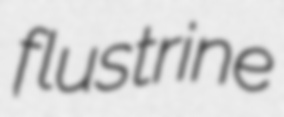
flustrine